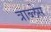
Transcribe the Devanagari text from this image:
त्राब्लेस